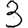
Digit: 3